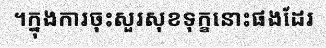
។ក្នុងការចុះសួរសុខទុក្ខនោះផងដែរ